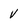
Character: v